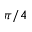
\pi / 4